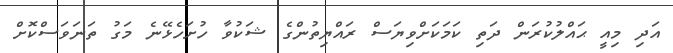
އަދި މިއީ ޙައްލުކުރަން ދަތި ކަމަކަށްވިޔަސް ރައްޔިތުންގެ ޝަކުވާ ހުށަހެޅޭނެ މަގު ތަނަވަސްކޮށް